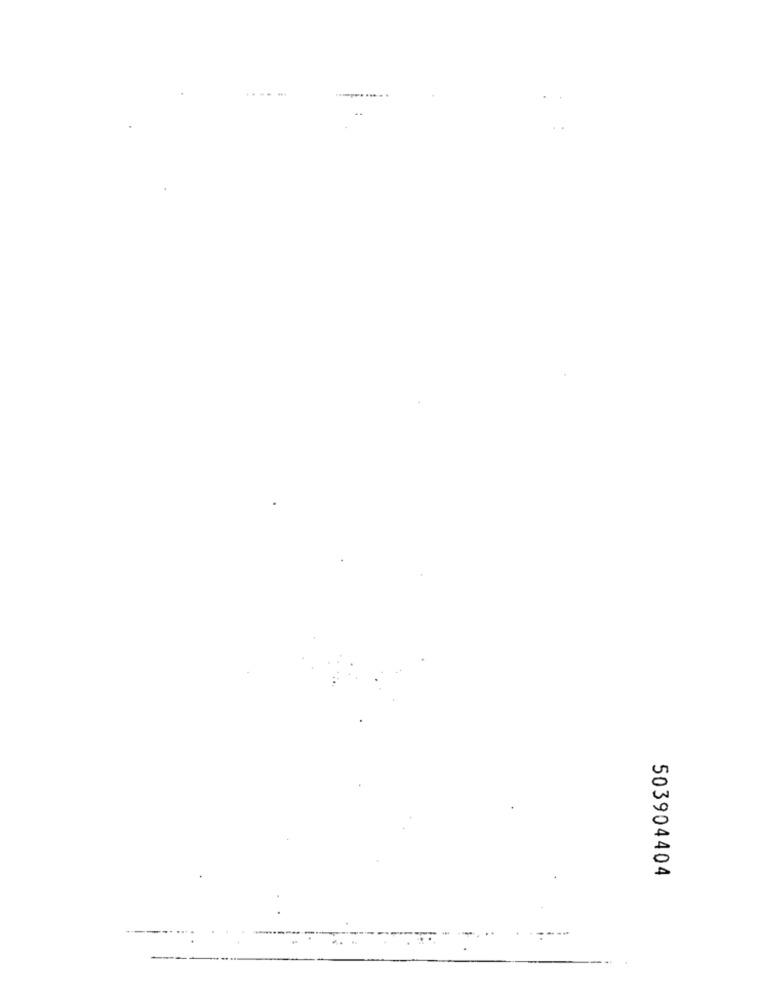
...... .....
503904404